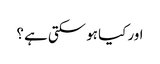
اور کیا ہو سکتی ہے ؟